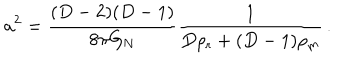
LaTeX: a ^ { 2 } = \frac { ( D - 2 ) ( D - 1 ) } { 8 \pi G _ { \mathrm { N } } } \frac { 1 } { D \rho _ { \mathrm { r } } + ( D - 1 ) \rho _ { \mathrm { m } } } \, .